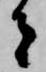
者